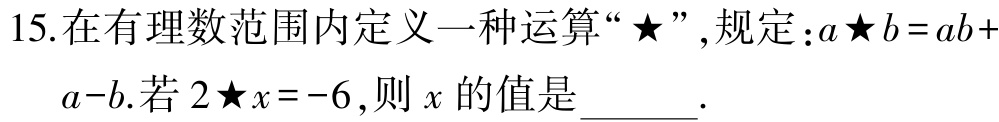
15.在有理数范围内定义一种运算“★”,规定：\(a★b = ab + a - b\).若\(2★x = -6\),则\(x\)的值是______.